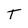
Character: T